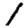
Digit: 1